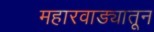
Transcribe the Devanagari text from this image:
महारवाड्यातून